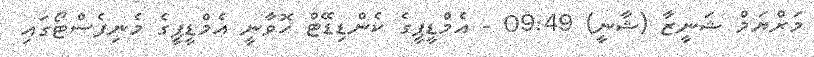
މަރްޔަމް ޝަނީޒާ (ޝާނީ) 09:49 - އެމްޑީޕީގެ ކެންޑިޑޭޓް ހޮވާނީ އެމްޑީޕީގެ މެނިފެސްޓޯގައި